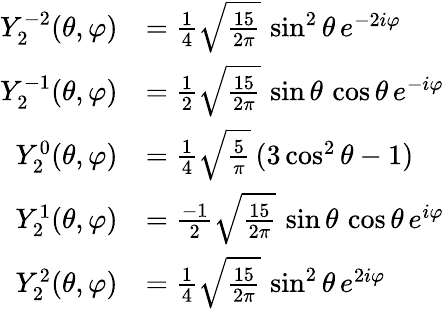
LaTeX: {\begin{array}{rl}{Y_{2}^{-2}(\theta,\varphi)}&{={\frac{1}{4}}{\sqrt{\frac{15}{2\pi}}}\, \sin^{2}\theta\, e^{-2i\varphi}}\\ {Y_{2}^{-1}(\theta,\varphi)}&{={\frac{1}{2}}{\sqrt{\frac{15}{2\pi}}}\, \sin\theta\, \cos\theta\, e^{-i\varphi}}\\ {Y_{2}^{0}(\theta,\varphi)}&{={\frac{1}{4}}{\sqrt{\frac{5}{\pi}}}\, (3\cos^{2}\theta-1)}\\ {Y_{2}^{1}(\theta,\varphi)}&{={\frac{-1}{2}}{\sqrt{\frac{15}{2\pi}}}\, \sin\theta\, \cos\theta\, e^{i\varphi}}\\ {Y_{2}^{2}(\theta,\varphi)}&{={\frac{1}{4}}{\sqrt{\frac{15}{2\pi}}}\, \sin^{2}\theta\, e^{2i\varphi}}\end{array}}